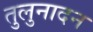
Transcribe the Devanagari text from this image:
तुलुनादन